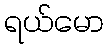
ရယ်မော